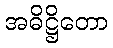
အဓိဋ္ဌိတော